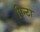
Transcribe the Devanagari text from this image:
पिन्टा